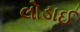
લોડાઈ